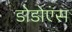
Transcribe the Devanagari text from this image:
डोडोएंस